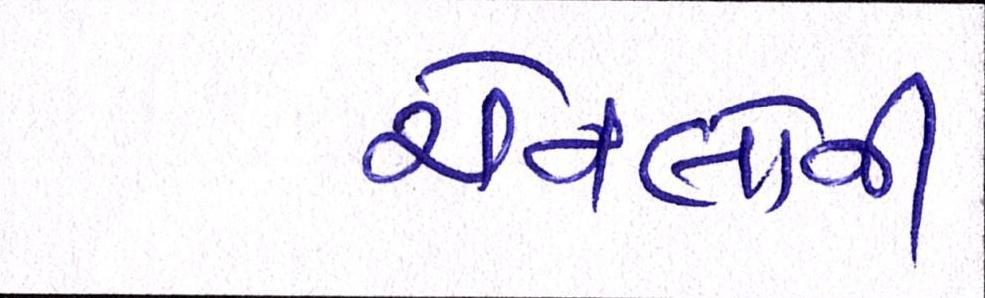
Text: ચેનલોની